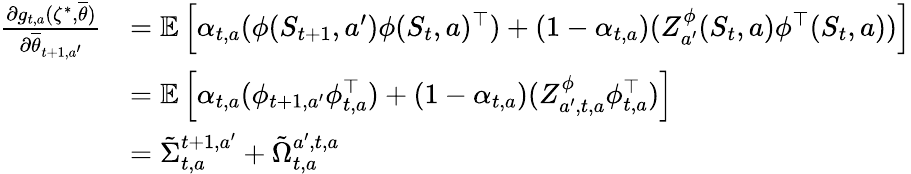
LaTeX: \begin{array}{rl}{\frac{\partial g_{t,a}(\zeta^{*},\overline{{\theta}})}{\partial\overline{{\theta}}_{t+1,a^{\prime}}}}&{=\mathbb E\left[\alpha_{t,a}(\phi(S_{t+1},a^{\prime})\phi(S_{t},a)^{\top})+({1-{\alpha}_{t,a}})(Z_{a^{\prime}}^{\phi}(S_{t},a)\phi^{\top}(S_{t},a))\right]}\\ &{=\mathbb E\left[\alpha_{t,a}(\phi_{t+1,a^{\prime}}\phi_{t,a}^{\top})+({1-{\alpha}_{t,a}})(Z_{a^{\prime},t,a}^{\phi}\phi_{t,a}^{\top})\right]}\\ &{=\tilde{\Sigma}_{t,a}^{t+1,a^{\prime}}+\tilde{\Omega}_{t,a}^{{a^{\prime},t,a}}}\end{array}